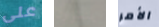
على ينشرون الأمر